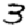
Digit: 3